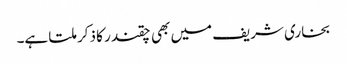
بخاری شریف میں بھی چقندر کا ذکر ملتا ہے۔